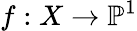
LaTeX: f:X\to\mathbb{P}^{1}